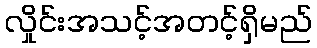
လှိုင်းအသင့်အတင့်ရှိမည်